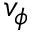
v _ { \phi }